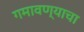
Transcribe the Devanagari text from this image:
गमावण्याचा